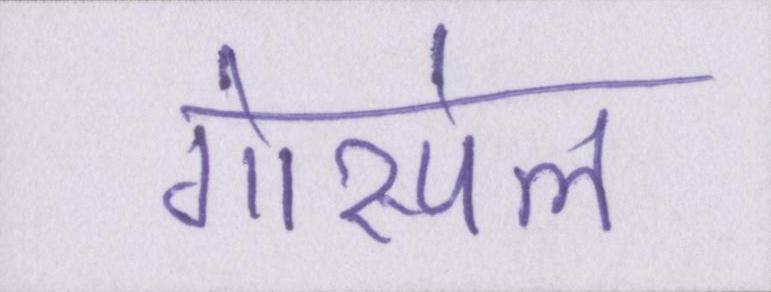
गोस्पेल